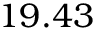
1 9 . 4 3